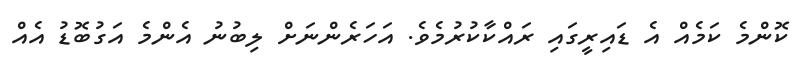
ކޮންމެ ކަމެއް އެ ޑައިރީގައި ރައްކާކުރުމެވެ. އަހަރެންނަށް ލިބުނު އެންމެ އަގުބޮޑު އެއް